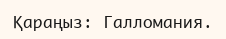
Қараңыз: Галломания.